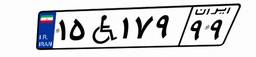
۱۵W۱۷۹۹۹